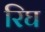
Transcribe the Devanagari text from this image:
रिघ